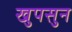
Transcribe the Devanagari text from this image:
खुपसुन